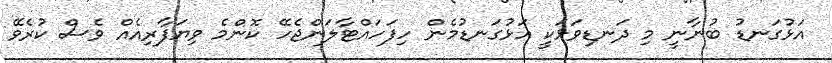
އަޅުގަނޑު ބުނާނީ މި ދަނޑިވަޅަކީ އަޅުގަނޑުމެން ހިފަހައްޓާލަންޖެހޭ ކޮންމެ ވިޔަފާރިއެއް ވެސް ކުރެވޭ